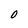
Character: O